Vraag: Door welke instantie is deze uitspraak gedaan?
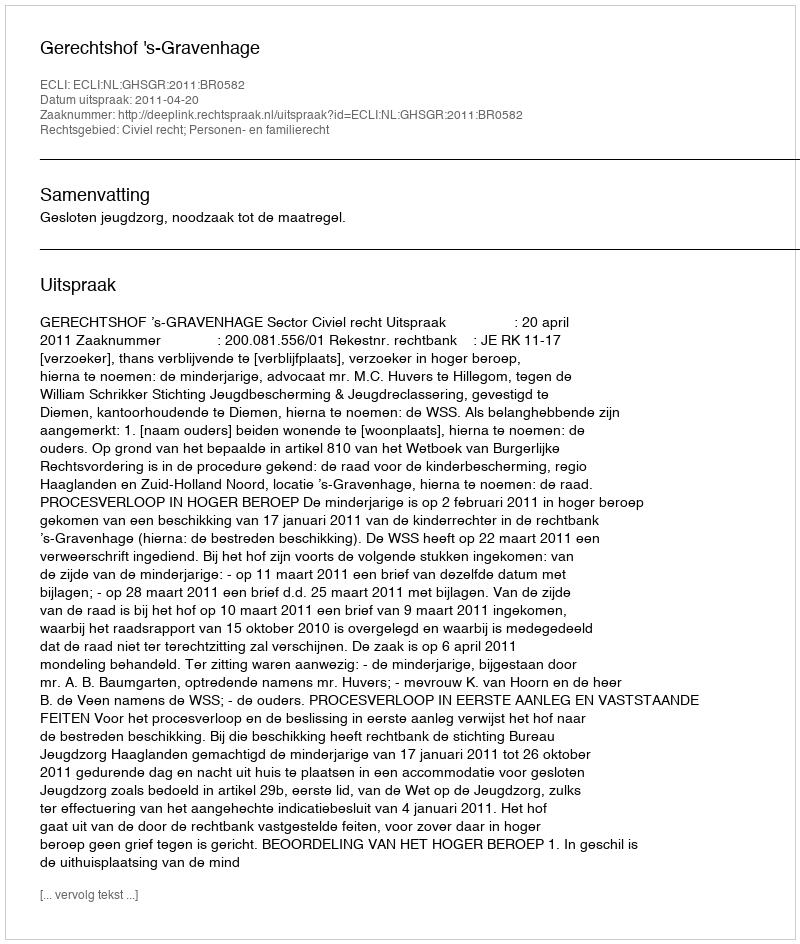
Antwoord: Gerechtshof 's-Gravenhage